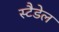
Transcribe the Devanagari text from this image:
स्टैडेल